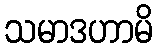
သမာဒဟာမိ